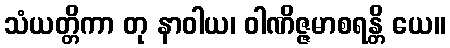
သံယတ္တိကာ တု နာဝါယ၊ ဝါဏိဇ္ဇမာစရန္တိ ယေ။